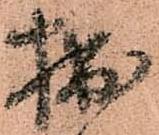
拙